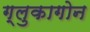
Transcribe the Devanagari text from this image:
ग्लुकागोन